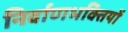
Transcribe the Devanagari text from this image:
निर्वाणभक्तियों